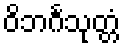
ဝိဘင်္ဂသုတ္တံ